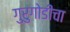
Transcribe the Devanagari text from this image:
गुरुगोडीचा